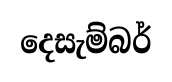
දෙසැම්බර්